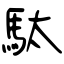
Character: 駄